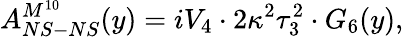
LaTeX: A_{NS-NS}^{M^{10}}(y)=iV_{4}\cdot 2\kappa^{2}\tau_{3}^{2}\cdot G_{6}(y),